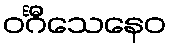
ဝင်္ဂီသေနေဝ